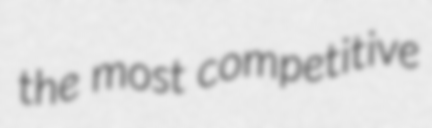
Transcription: the most competitive